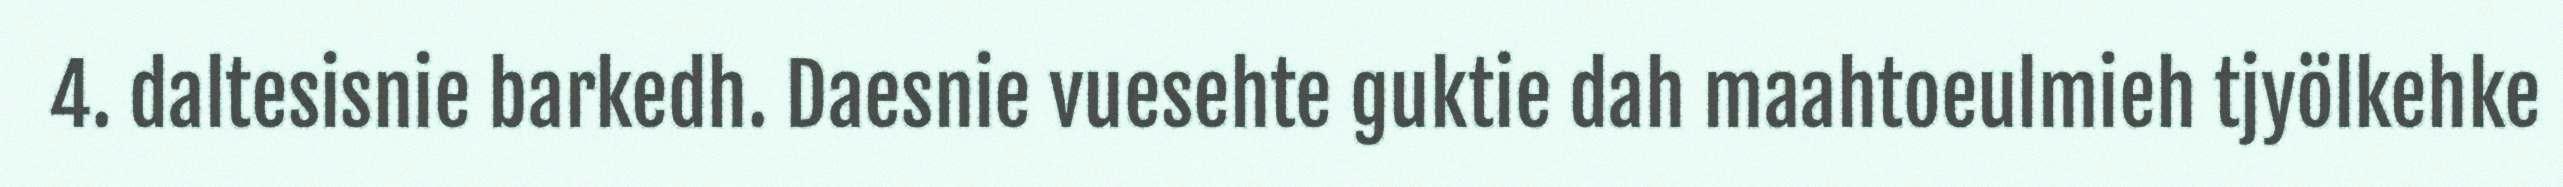
4. daltesisnie barkedh. Daesnie vuesehte guktie dah maahtoeulmieh tjyölkehke